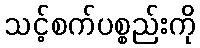
သင့်စက်ပစ္စည်းကို